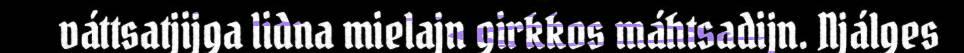
váttsatjijga lidna mielajn girkkos máhtsadijn. Njálges